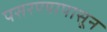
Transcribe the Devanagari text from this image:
पसरण्यापासून